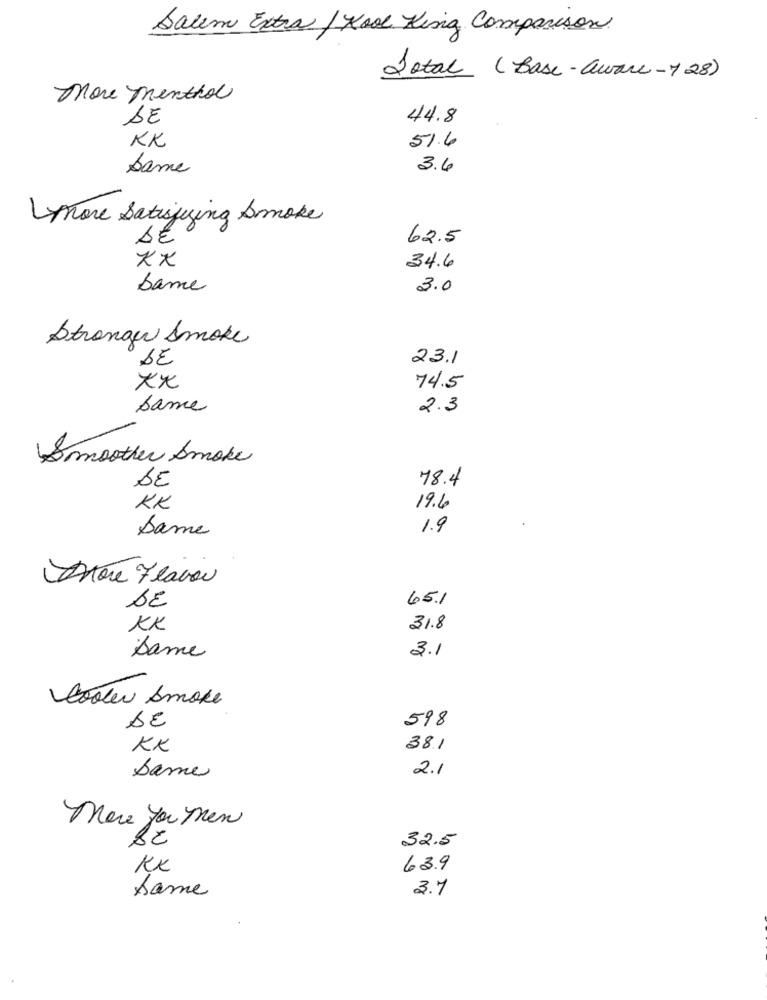
Salem Extra / Kool King Comparison
Total (Base-aware -7 28)
More menthol
SE
44.8
KK
51.6
same
3.6
more Satisfying Smoke
62.5
Xx
34.6
bane
3.0
Stronger Smoke
DE
23.1
Xx
74.5
Same
2.3
Smoother Smoke
DE
78.4
KK
19.6
Dame
1.9
Anore Flavor
65.1
SE
KK
31.8
Dame
3.1
Cooler Amore
SE
598
KK
381
2.1
Same
Mere you men
32.5
KK
63.9
same
3.7